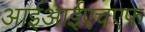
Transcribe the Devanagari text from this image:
आईआईएचएफ